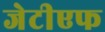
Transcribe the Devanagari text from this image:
जेटीएफ